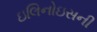
ઇલિનોઇસની